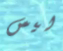
ليس